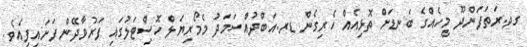
ގދ.ރަތަފަންދޫ މީހެއްގެ ބަނޑަށް ތޮޅިއެއް ހެރިގެން ޑރ.އަބްދުއްސަމަދު މެމޯރިޔަލް ހޮސްިޓަލުގައި ފަރުވާދޭން ފަށައިފިއެވެ.